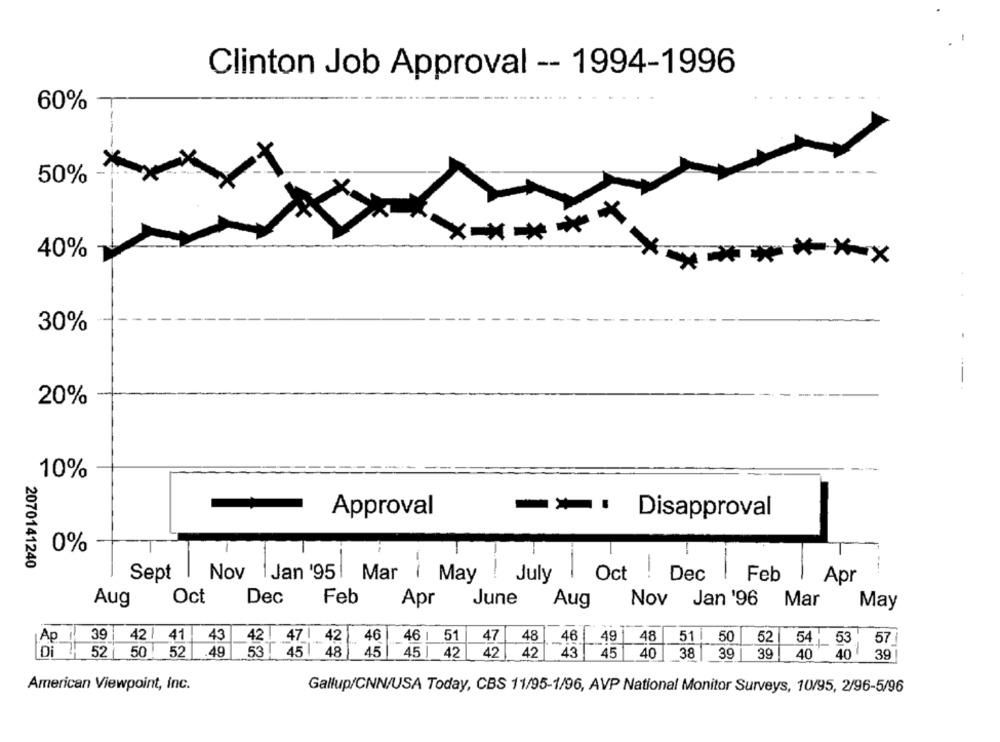
Clinton Job Approval -- 1994-1996
60%
50%
*****
40%
*******
30%
20%
-
10%
Approval
-* Disapproval
0%
2070141240
Sept
Nov 1 Jan '95|
July
Oct !
Dec
Feb
Mar ( May
Apr
Oct
Dec
Feb
Apr
June
Nov
Mar
Aug
Aug
Jan '96
May
39
42 |
41
43
42
47 | 42
46
46 1
51
47
48
46
49
48
51 |
50
52
53.
Ap
54
57 |
52
.49
53 45 48
45
45| 42
42
42
43
45
39
Di 52 50
40 38 39
40 40 39
American Viewpoint, Inc.
Gallup/CNN/USA Today, CBS 11/95-1/96, AVP National Monitor Surveys, 10/95, 2/96-5/96